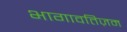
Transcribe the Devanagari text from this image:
भागावतिज़म